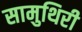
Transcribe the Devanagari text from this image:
सामुथिरी